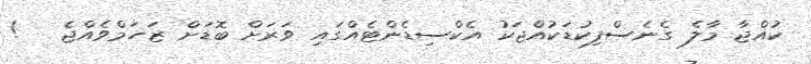
ކުއްޖާ މާލެ ގެނެސްފިކުޑަކުއްޖަކު އެކްސިޑެންޓެއްގައި ވަރަށް ބޮޑަށް ޒަހަމްވެއްޖެ   !